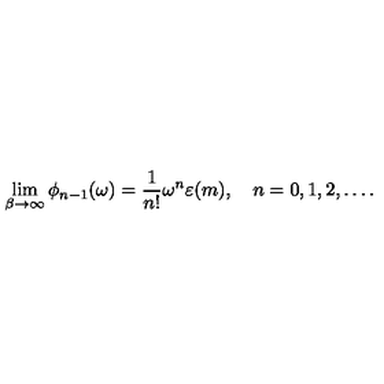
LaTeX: \lim _ { \beta \to \infty } \phi _ { n - 1 } ( \omega ) = \frac { 1 } { n ! } \omega ^ { n } \varepsilon ( m ) , \quad n = 0 , 1 , 2 , \dots .